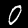
Digit: 0